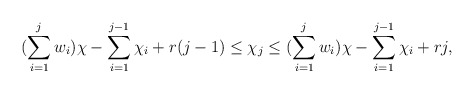
\begin{align*} (\sum\limits_{i=1}^j w_i)\chi - \sum\limits_{i=1}^{j-1}\chi_i + r(j-1) \leq \chi_j \leq (\sum\limits_{i=1}^j w_i)\chi - \sum\limits_{i=1}^{j-1}\chi_i + rj, \end{align*}